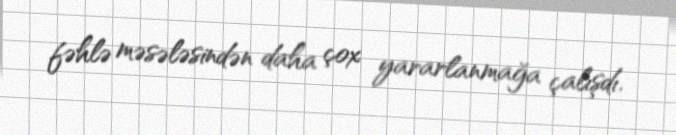
fəhlə məsələsindən daha çox yararlanmağa çalışdı.